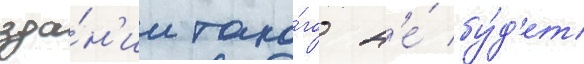
зда́н'ии тако́го н'е́ бу́д'ет